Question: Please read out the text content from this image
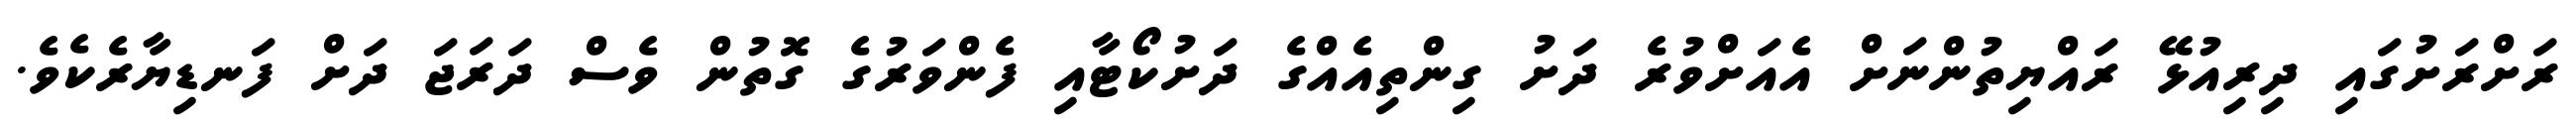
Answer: ރަށްރަށުގައި ދިރިއުޅޭ ރައްޔިތުންނަށް އެއަށްވުރެ ދަށު ގިންތިއެއްގެ ދަށުކޯޓާއި ފެންވަރުގެ ގޮތުން ވެސް ދަރަޖަ ދަށް ފަނޑިޔާރެކެވެ.